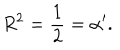
R ^ { 2 } = \frac { 1 } { 2 } = \alpha ^ { \prime } .